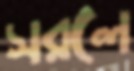
সরলে